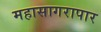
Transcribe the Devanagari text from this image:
महासागरापार